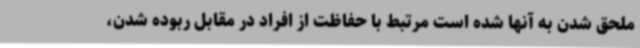
ملحق شدن به آنها شده است مرتبط با حفاظت از افراد در مقابل ربوده شدن،